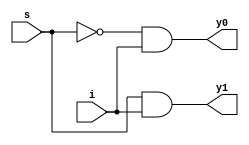
module hw1 (y1,y0,i,s);
input i,s;
output y1,y0;
//add your code here
	not n1(sbar,s);
	and	a1(y0,sbar,i);
	and a2(y1,s,i);
	
endmodule